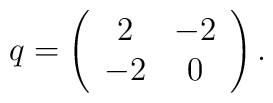
q = \left( \begin{array}{cc}  2 & -2 \\ -2 & 0   \end{array} \right) .